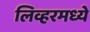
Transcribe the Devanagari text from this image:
लिव्हरमध्ये